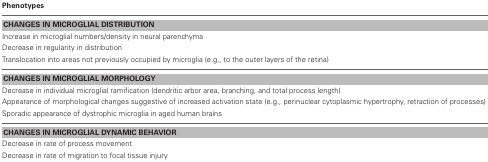
| Phenotypes |
 | --- |
 | CHANGES IN MICROGLIAL DISTRIBUTION |
 | Increase in microglial numbers/density in neural parenchyma |
 | Decrease in regularity in distribution |
 | Translocation into areas not previously occupied by microglia (e.g., to the outer layers of the retina) |
 | CHANGES IN MICROGLIAL MORPHOLOGY |
 | Decrease in individual microglial ramification (dendritic arbor area, branching, and total process length) |
 | Appearance of morphological changes suggestive of increased activation state (e.g., perinuclear cytoplasmic hypertrophy, retraction of processes) |
 | Sporadic appearance of dystrophic microglia in aged human brains |
 | CHANGES IN MICROGLIAL DYNAMIC BEHAVIOR |
 | Decrease in rate of process movement |
 | Decrease in rate of migration to focal tissue injury |